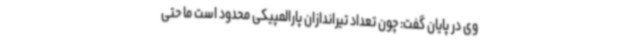
وی در پایان گفت: چون تعداد تیراندازان پارالمپیکی محدود است ما حتی